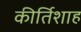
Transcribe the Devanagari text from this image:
कीर्तिशाह